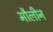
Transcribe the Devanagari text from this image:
मौलीन